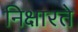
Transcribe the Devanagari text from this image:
निक्षारते